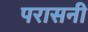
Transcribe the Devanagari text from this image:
परासनी